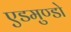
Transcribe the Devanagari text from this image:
एडमुण्डो